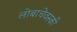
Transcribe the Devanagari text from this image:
लोबाचेवस्की